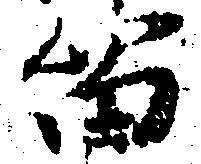
留